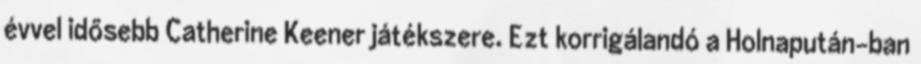
évvel idősebb Catherine Keener játékszere. Ezt korrigálandó a Holnapután-ban